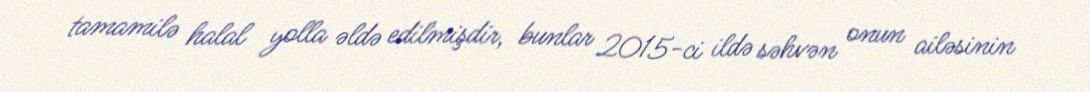
tamamilə halal yolla əldə edilmişdir, bunlar 2015-ci ildə səhvən onun ailəsinin